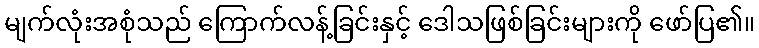
မျက်လုံးအစုံသည် ကြောက်လန့်ခြင်းနှင့် ဒေါသဖြစ်ခြင်းများကို ဖော်ပြ၏။